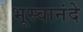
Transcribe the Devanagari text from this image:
भूस्वानंदे